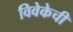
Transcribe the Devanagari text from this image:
विवेकेची